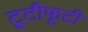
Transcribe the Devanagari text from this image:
टूटीफूटी